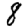
Digit: 8